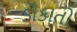
ડોકાતો